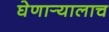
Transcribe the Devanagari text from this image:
घेणार्‍यालाच